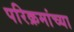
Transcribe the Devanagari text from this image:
परिक्रमांच्या